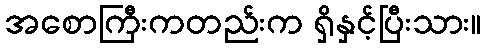
အစောကြီးကတည်းက ရှိနှင့်ပြီးသား။